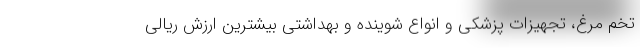
تخم مرغ، تجهیزات پزشکی و انواع شوینده و بهداشتی بیشترین ارزش ریالی